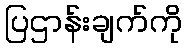
ပြဌာန်းချက်ကို